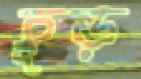
চূড়